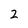
Character: 2